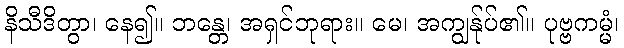
နိသီဒိတွာ၊ နေ၍။ ဘန္တေ၊ အရှင်ဘုရား။ မေ၊ အကျွန်ုပ်၏။ ပုဗ္ဗကမ္မံ၊